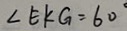
\angle E K G = 6 0 ^ { \circ }